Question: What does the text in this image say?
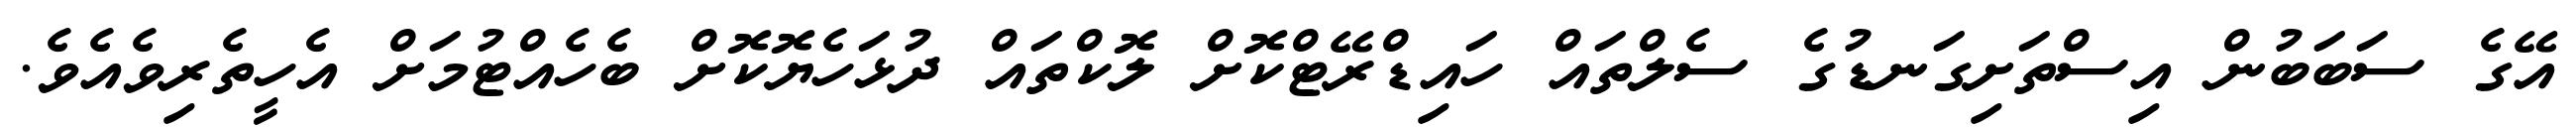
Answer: އޭގެ ސަބަބުން އިސްތަށިގަނޑުގެ ސެލްތައް ހައިޑްރޭޓްކޮށް ލޮކްތައް ދުޅަހެޔޮކޮށް ބެހެއްޓުމަށް އެހީތެރިވެއެވެ.